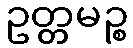
ဥတ္တမဉ္စ